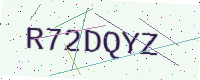
Text: R72DQYZ